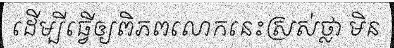
ដើម្បីធ្វើឲ្យពិភពលោកនេះស្រស់ថ្លា មិន